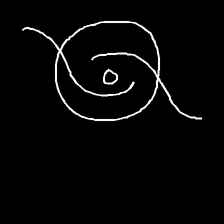
Glyph: repetition